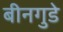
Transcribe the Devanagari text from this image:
बीनगुडे